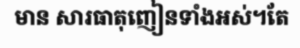
មាន សារធាតុញៀនទាំងអស់។តែ